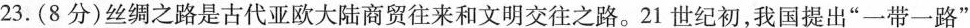
23.(8分)丝绸之路是古代亚欧大陆商贸往来和文明交往之路。21世纪初，我国提出”一带一路”